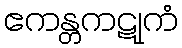
ဧကန္တကဋုကံ